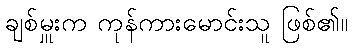
ချစ်မှူးက ကုန်ကားမောင်းသူ ဖြစ်၏။